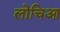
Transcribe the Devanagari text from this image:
लोचिआ